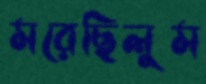
মরেছিলুম